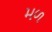
મળ